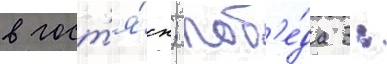
в гост'я́х; поб'е́да 3: